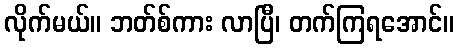
လိုက်မယ်။ ဘတ်စ်ကား လာပြီ၊ တက်ကြရအောင်။